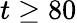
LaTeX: t\ge 80